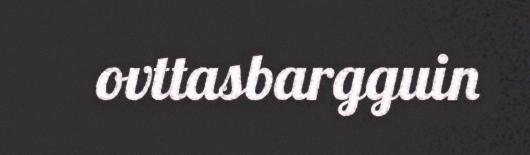
ovttasbargguin